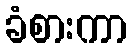
ခံစားကာ